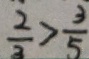
\frac { 2 } { 3 } > \frac { 3 } { 5 }